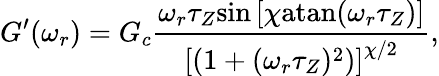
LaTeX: G^{\prime}(\omega_{r})=G_{c}\frac{\omega_{r}\tau_{Z}\textrm{sin}\left[\chi\textrm{atan}(\omega_{r}\tau_{Z})\right]}{\left[(1+(\omega_{r}\tau_{Z})^{2})\right]^{\chi/2}},